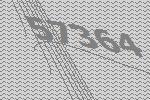
57364